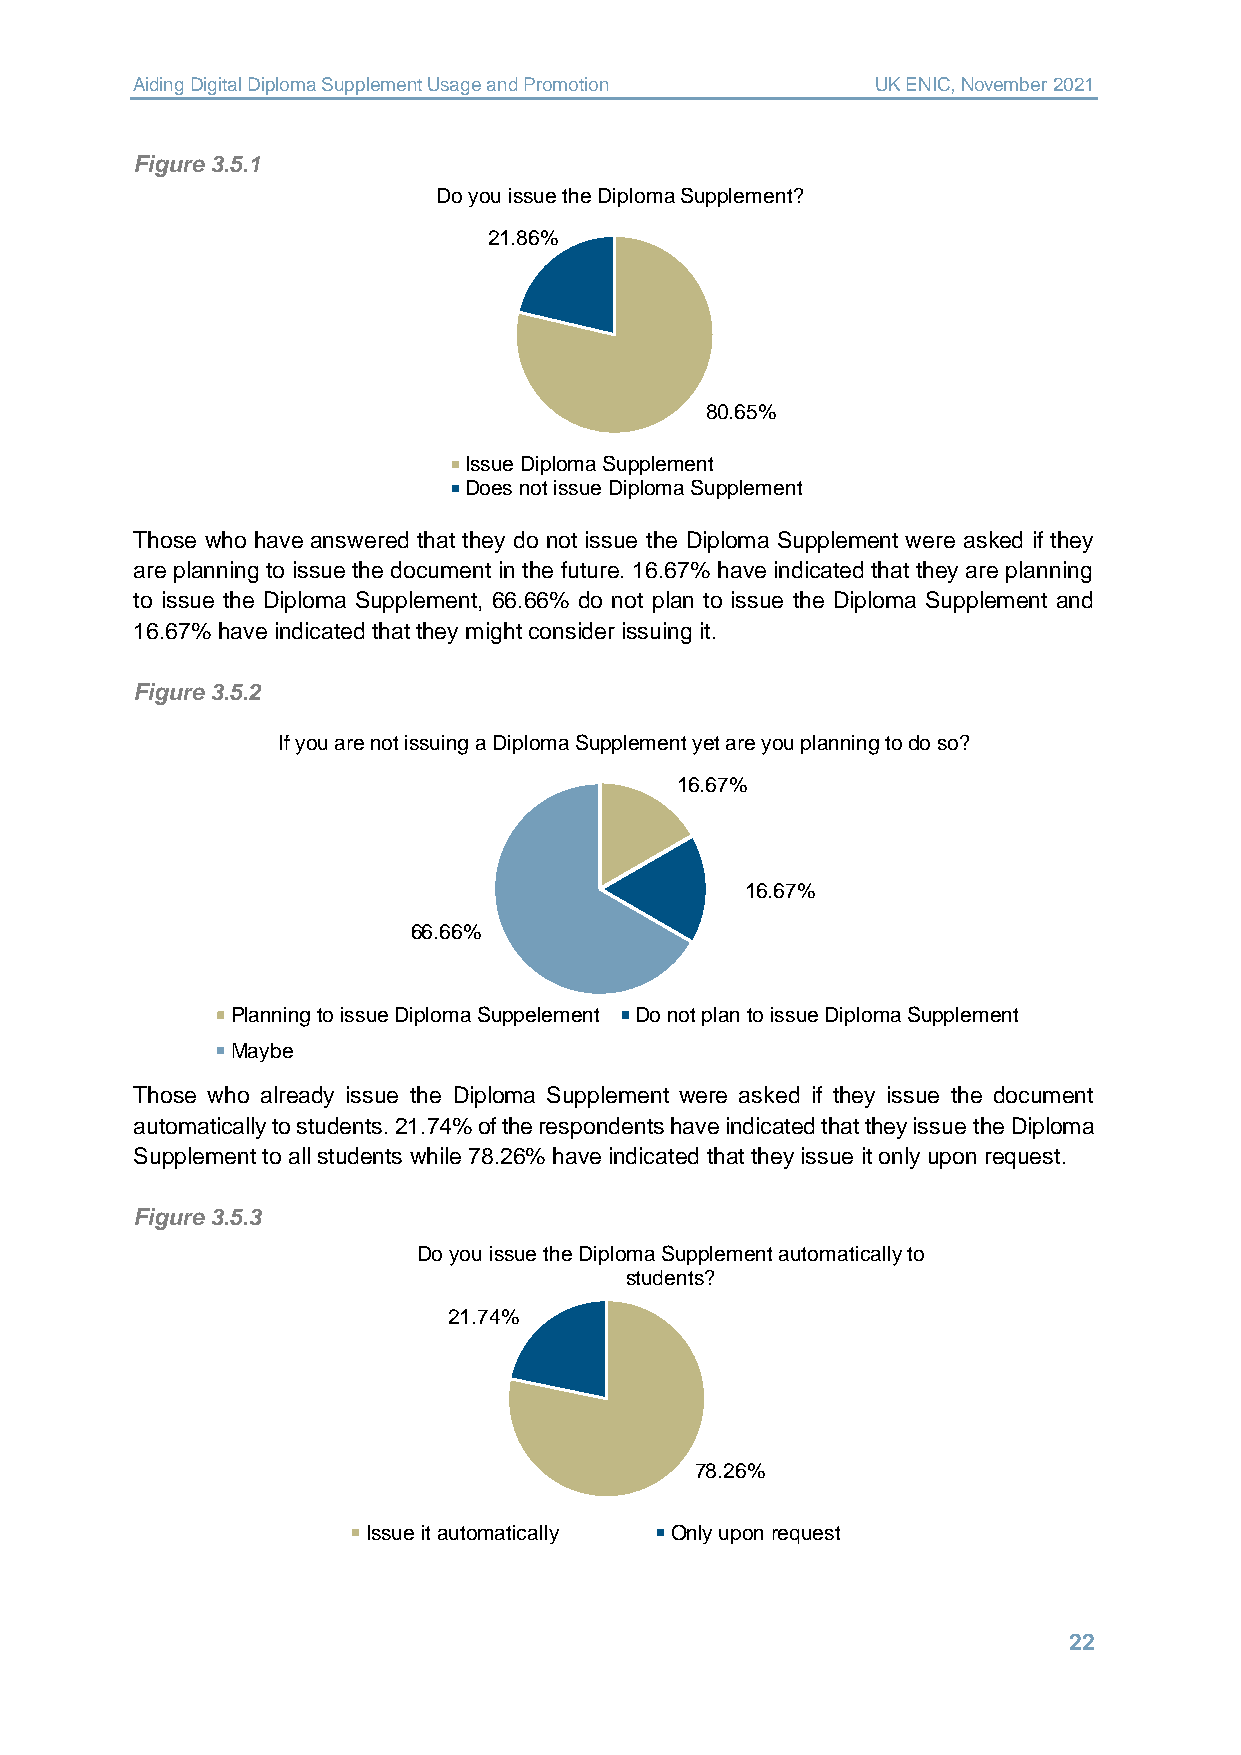
Aiding Digital Diploma Supplement Usage and Promotion UK ENIC, November 2021
 Figure 3.5.1
 Do you issue the Diploma Supplement?
 21.86%
 80.65%
 Issue Diploma Supplement
 Does not issue Diploma Supplement
 Those who have answered that they do not issue the Diploma Supplement were asked if they
 are planning to issue the document in the future. 16.67% have indicated that they are planning
 to issue the Diploma Supplement, 66.66% do not plan to issue the Diploma Supplement and
 16.67% have indicated that they might consider issuing it.
 Figure 3.5.2
 If you are not issuing a Diploma Supplement yet are you planning to do so?
 16.67%
 16.67%
 66.66%
 Planning to issue Diploma Suppelement Do not plan to issue Diploma Supplement
 Maybe
 Those who already issue the Diploma Supplement were asked if they issue the document
 automatically to students. 21.74% of the respondents have indicated that they issue the Diploma
 Supplement to all students while 78.26% have indicated that they issue it only upon request.
 Figure 3.5.3
 Do you issue the Diploma Supplement automatically to
 students?
 21.74%
 78.26%
 Issue it automatically Only upon request
 22